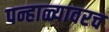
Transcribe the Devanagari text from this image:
पन्हाळ्यावरच